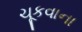
ચૂકવાના